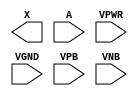
module sky130_fd_sc_ms__bufbuf (
    X   ,
    A   ,
    VPWR,
    VGND,
    VPB ,
    VNB
);

    output X   ;
    input  A   ;
    input  VPWR;
    input  VGND;
    input  VPB ;
    input  VNB ;
endmodule